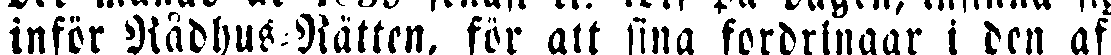
inför Rådhus-Rätten, för att sina fordringar i den af